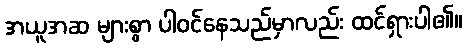
အယူအဆ များစွာ ပါဝင်နေသည်မှာလည်း ထင်ရှားပါ၏။